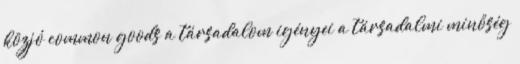
közjó common goods a társadalom igényei a társadalmi minőség